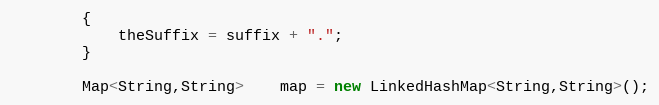
Language: Java
        {
            theSuffix = suffix + ".";
        }

        Map<String,String>    map = new LinkedHashMap<String,String>();